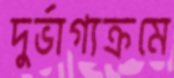
দুর্ভাগ্যক্রমে